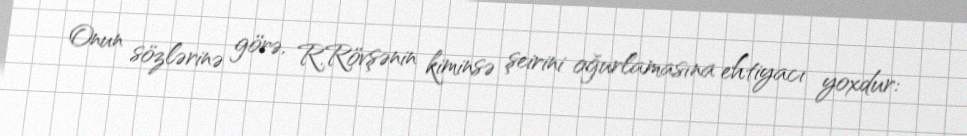
Onun sözlərinə görə, R.Rövşənin kiminsə şeirini oğurlamasına ehtiyacı yoxdur: